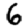
Digit: 6